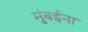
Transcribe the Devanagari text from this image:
मुंबईना